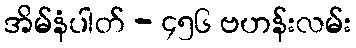
အိမ်နံပါတ် - ၄၅၆ ဗဟန်းလမ်း